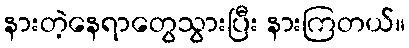
နားတဲ့နေရာတွေသွားပြီး နားကြတယ်။